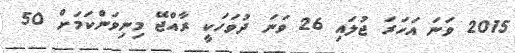
2015 ވަނަ އަހަރަ ޖުލައި 26 ވަނަ ދުވަހަކީ ރާއްޖޭ މިނިވަންކަމަށް 50